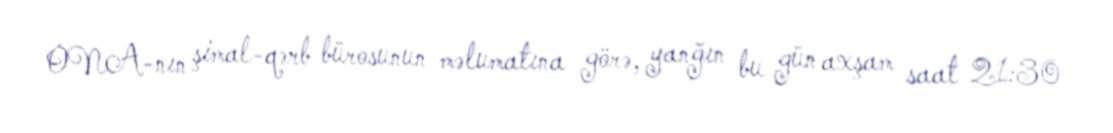
ONA-nın şimal-qərb bürosunun məlumatına görə, yanğın bu gün axşam saat 21:30